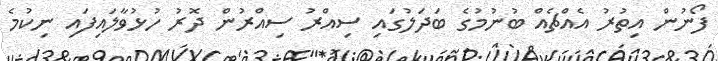
ފޯނުން އިތުރު އެއްޗެއް ބުނުމުގެ ބަދަލުގައި ސިއްރު ސިއްރުން ދޮރު ހުޅުވާލައިފައި ނިކުމެ